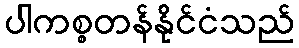
ပါကစ္စတန်နိုင်ငံသည်